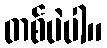
တစ်ပဲပါ။